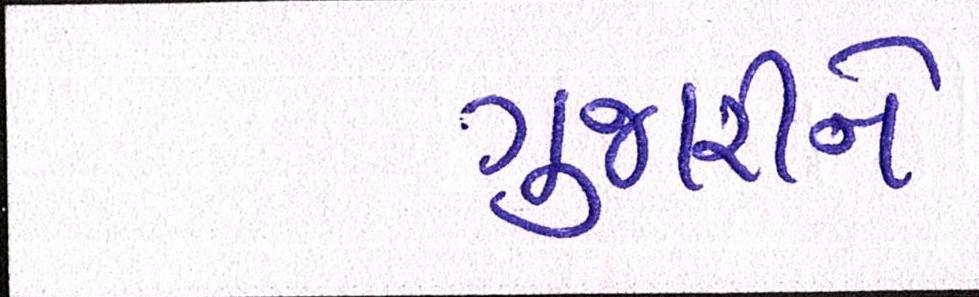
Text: ગુજારીને